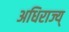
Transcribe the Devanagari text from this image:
अधिराज्य्